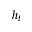
h _ { t }